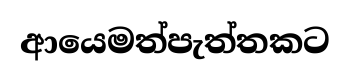
ආයෙමත්පැත්තකට